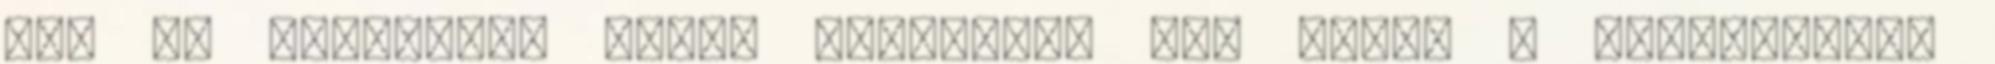
sem az otkotűrök előtt cövekelek le, hanem . Hozzávalók: